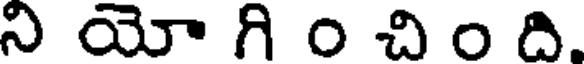
ని యో గి ం చి ం ది.